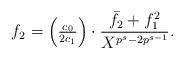
LaTeX: \begin{align*}f_2 = \left(\tfrac{c_0}{2c_1}\right)\cdot \frac{{\bar f_2}+f_1^2}{X^{p^s-2p^{s-1}}}.\end{align*}